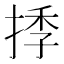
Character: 𢯗